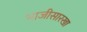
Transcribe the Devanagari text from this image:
भाजीसारखा